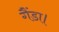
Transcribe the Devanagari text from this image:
गैंडा।